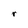
Character: r